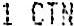
1 CTN